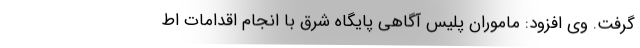
گرفت. وی افزود: ماموران پلیس آگاهی پایگاه شرق با انجام اقدامات اط